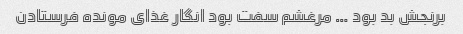
برنجش بد بود … مرغشم سفت بود انگار غذای مونده فرستادن